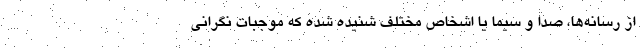
از رسانه‌ها، صدا و سیما یا اشخاص مختلف شنیده شده که موجبات نگرانی